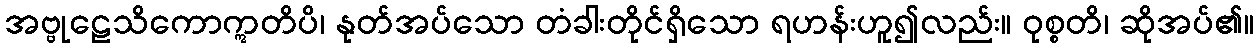
အဗ္ဗုဠေသိကောဣတိပိ၊ နုတ်အပ်သော တံခါးတိုင်ရှိသော ရဟန်းဟူ၍လည်း။ ဝုစ္စတိ၊ ဆိုအပ်၏။